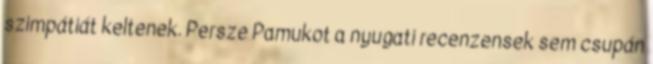
szimpátiát keltenek. Persze Pamukot a nyugati recenzensek sem csupán